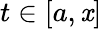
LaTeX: t\in[a,\mathit{x}]